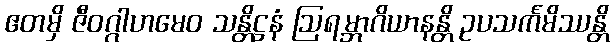
ဧတမှိ ဇီဝဂ္ဂါဟမေဝ သန္တိဋ္ဌနံ ဩရမ္ဘာဂိယာနန္တိ ဥပသင်္ကမိဿန္တိ